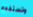
وتستخدم